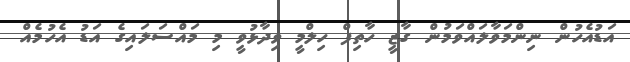
އަޑުއެހުން ނިންމަވާލައްވަމުން ގާޒީ ހާތިފް ހިލްމީ ވިދާޅުވީ މި މައްސަލައިގެ އަޑު އެހުމެއް